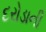
દરોડાની